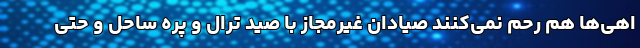
اهی‌ها هم رحم نمی‌کنند صیادان غیرمجاز با صید ترال و پره ساحل و حتی